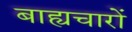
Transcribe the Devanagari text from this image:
बाह्यचारों